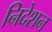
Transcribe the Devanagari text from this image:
निदेशन